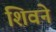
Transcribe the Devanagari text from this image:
शिवने